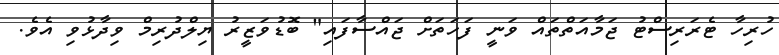
ހުރިހާ ޓެރަރިސްޓު ޖަމާއަތްތައް ވަނީ ފަހަތަށް ޖައްސާފައި" ބޮޑުވަޒީރު ޔިލްދުރިމް ވިދާޅުވި އެވެ.